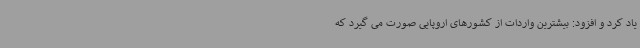
یاد کرد و افزود: بیشترین واردات از کشورهای اروپایی صورت می گیرد که